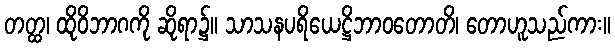
တတ္ထ၊ ထိုဝိဘာဂကို ဆိုရာ၌။ သာသနပရိယေဋ္ဌိဘာဝတောတိ၊ တောဟူသည်ကား။